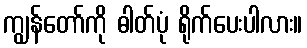
ကျွန်တော်ကို ဓါတ်ပုံ ရိုက်ပေးပါလား။